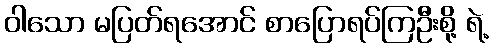
ဝါသော မပြတ်ရအောင် စာပြောရပ်ကြဦးစို့ ရဲ့